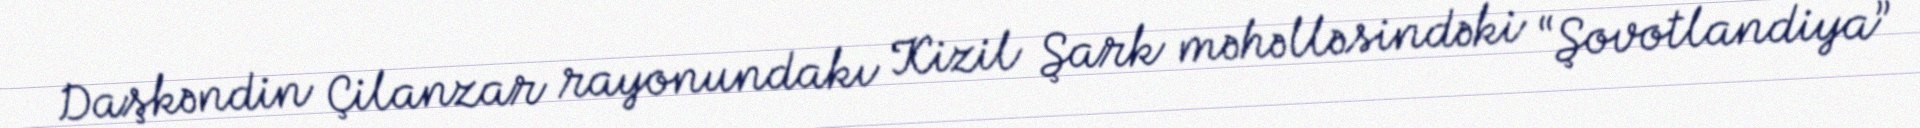
Daşkəndin Çilanzar rayonundakı Kizil Şark məhəlləsindəki “Şovotlandiya”